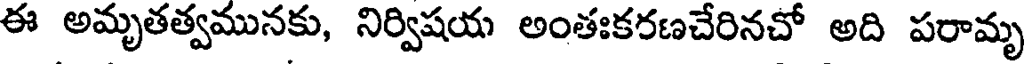
ఈ అమృతత్వమునకు, నిర్విషయ అంతఃకరణచేరినచో అది పరామృ